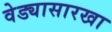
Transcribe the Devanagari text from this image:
वेड्यासारखा